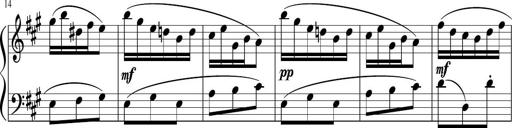
Title: 12 Keyboard Sonatinas
Composer: James Hook